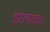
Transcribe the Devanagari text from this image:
झलक।